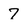
Character: 7